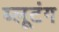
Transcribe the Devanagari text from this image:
ब्लूटंग